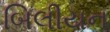
બિલીયન